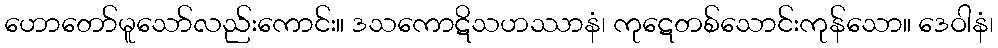
ဟောတော်မူသော်လည်းကောင်း။ ဒသကောဋိသဟဿာနံ၊ ကုဋေတစ်သောင်းကုန်သော။ ဒေဝါနံ၊